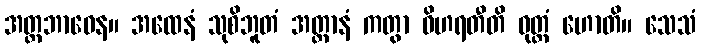
အတ္တဘာဝေန။ အထေနံ သုစိဘူတံ အတ္တာနံ ကတွာ ဝိဟရတီတိ ဝုတ္တံ ဟောတိ။ သေသံ